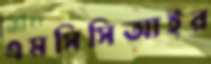
এমসিসিআইর